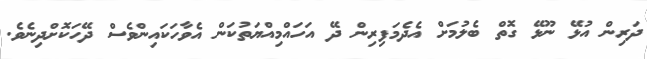
ދަރިން އުޅޭ ނޫޅޭ ގޮތް ބެލުމަށް އެދެމަފިރިން ދޭ އަހައްމިއްޔަތުކަން އެވާހަކައިންވެސް ދޭހަކޮށްދިނެވެ.